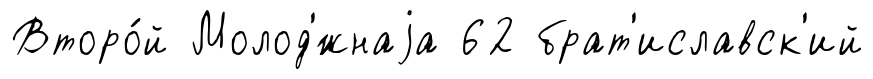
Второ́й Молод'́жнаjа 62 брат'иславск'ий